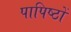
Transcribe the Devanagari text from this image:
पापिष्ठों